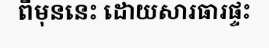
ពីមុននេះ ដោយសារធារផ្ទះ